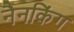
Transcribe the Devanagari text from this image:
नैनकिंग